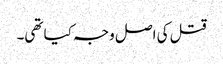
قتل کی اصل وجہ کیا تھی۔